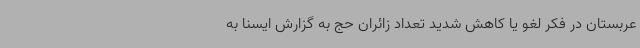
عربستان در فکر لغو یا کاهش شدید تعداد زائران حج به گزارش ایسنا به